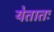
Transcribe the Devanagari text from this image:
येतातः